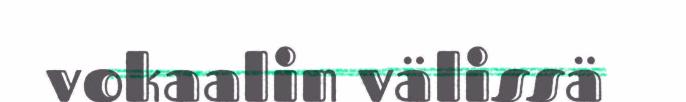
vokaalin välissä